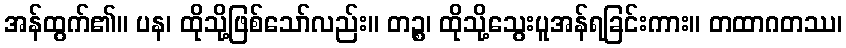
အန်ထွက်၏။ ပန၊ ထိုသို့ဖြစ်သော်လည်း။ တဉ္စ၊ ထိုသို့သွေးပူအန်ရခြင်းကား။ တထာဂတဿ၊